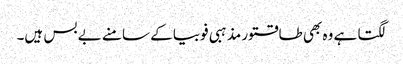
لگتا ہے وہ بھی طاقتور مذہبی فوبیا کے سامنے بے بس ہیں۔